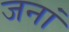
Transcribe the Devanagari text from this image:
जनां